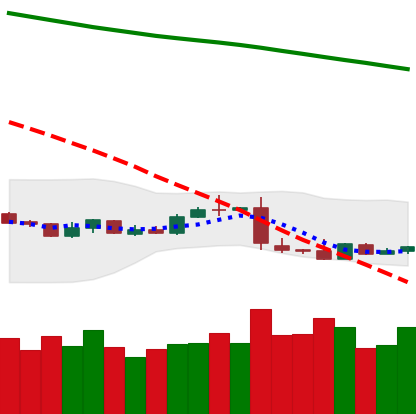
Ticker: XLM-USD
Chart end date: 2019-01-17
Forward return: -4.018%
Label: down_3_5